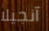
آنجيلا